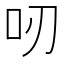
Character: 𠯄